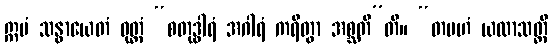
ဣမံ သန္ဓာယေတံ ဝုတ္တံ “စတုဒွါရံ အဂါရံ ကရိတွာ အစ္ဆတီ”တိ။ “တမဟံ ယထာသတ္တိ